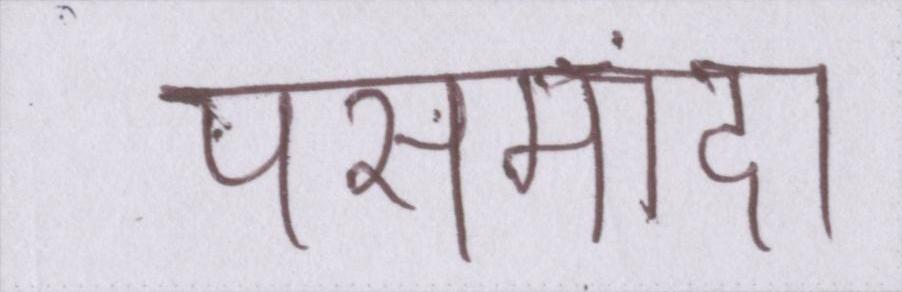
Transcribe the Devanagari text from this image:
पसमांदा